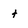
Character: t